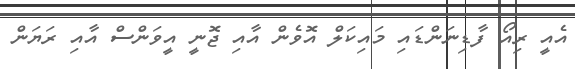
އެއީ ރިއޯ ފާޑިނަންޑައި މައިކަލް އޮވެން އާއި ޖޮނީ އީވަންސް އާއި ރަޔަން